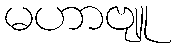
မဟာဗျူ